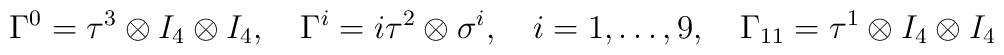
\Gamma^0=\tau^3\otimes I_4 \otimes I_4, \quad\Gamma^i=i\tau^2\otimes \sigma^i, \quad i=1, \dots, 9,\quad\Gamma_{11}=\tau^1\otimes I_4 \otimes I_4